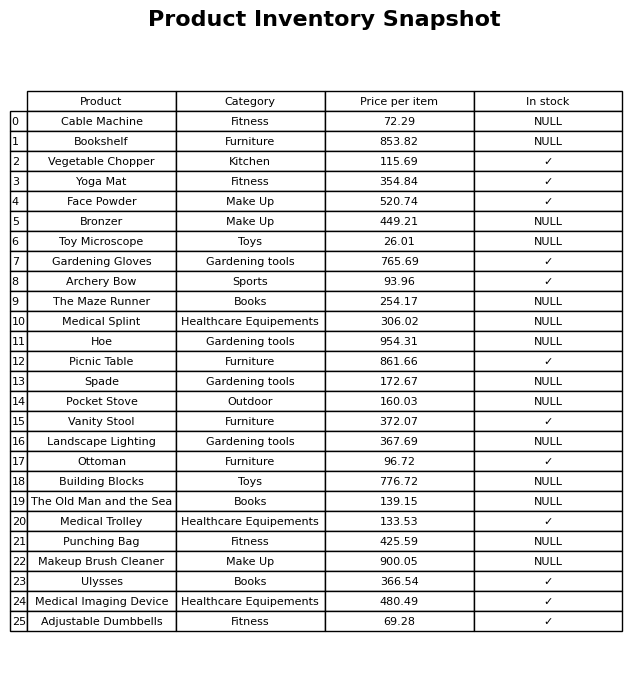
question: Which products are currently out of stock?
answer: Cable Machine, Bookshelf, Bronzer, Toy Microscope, The Maze Runner, Medical Splint, Hoe, Spade, Pocket Stove, Landscape Lighting, Building Blocks, The Old Man and the Sea, Punching Bag, Makeup Brush Cleaner